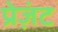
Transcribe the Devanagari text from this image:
प्रेज़ंट